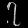
Digit: ၇